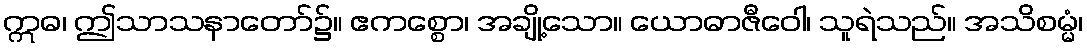
ဣဓ၊ ဤသာသနာတော်၌။ ဧကစ္စော၊ အချို့သော။ ယောဓာဇီဝေါ၊ သူရဲသည်။ အသိစမ္မံ၊